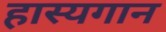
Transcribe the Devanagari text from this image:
हास्यगान